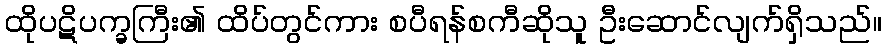
ထိုပဋိပက္ခကြီး၏ ထိပ်တွင်ကား စပီရန်စကီဆိုသူ ဦးဆောင်လျက်ရှိသည်။